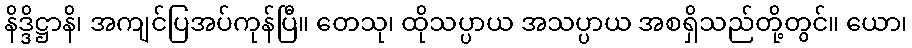
နိဒ္ဒိဋ္ဌာနိ၊ အကျင်ပြအပ်ကုန်ပြီ။ တေသု၊ ထိုသပ္ပာယ အသပ္ပာယ အစရှိသည်တို့တွင်။ ယော၊